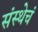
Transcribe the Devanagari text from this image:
संस्थेचं